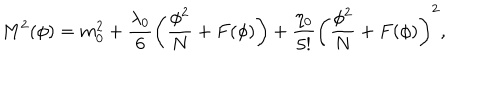
M ^ { 2 } ( \phi ) = m _ { 0 } ^ { 2 } + \frac { \lambda _ { 0 } } { 6 } \left( \frac { \phi ^ { 2 } } { N } + F ( \phi ) \right) + \frac { \eta _ { 0 } } { 5 ! } \left( \frac { \phi ^ { 2 } } { N } + F ( \phi ) \right) ^ { 2 } ,